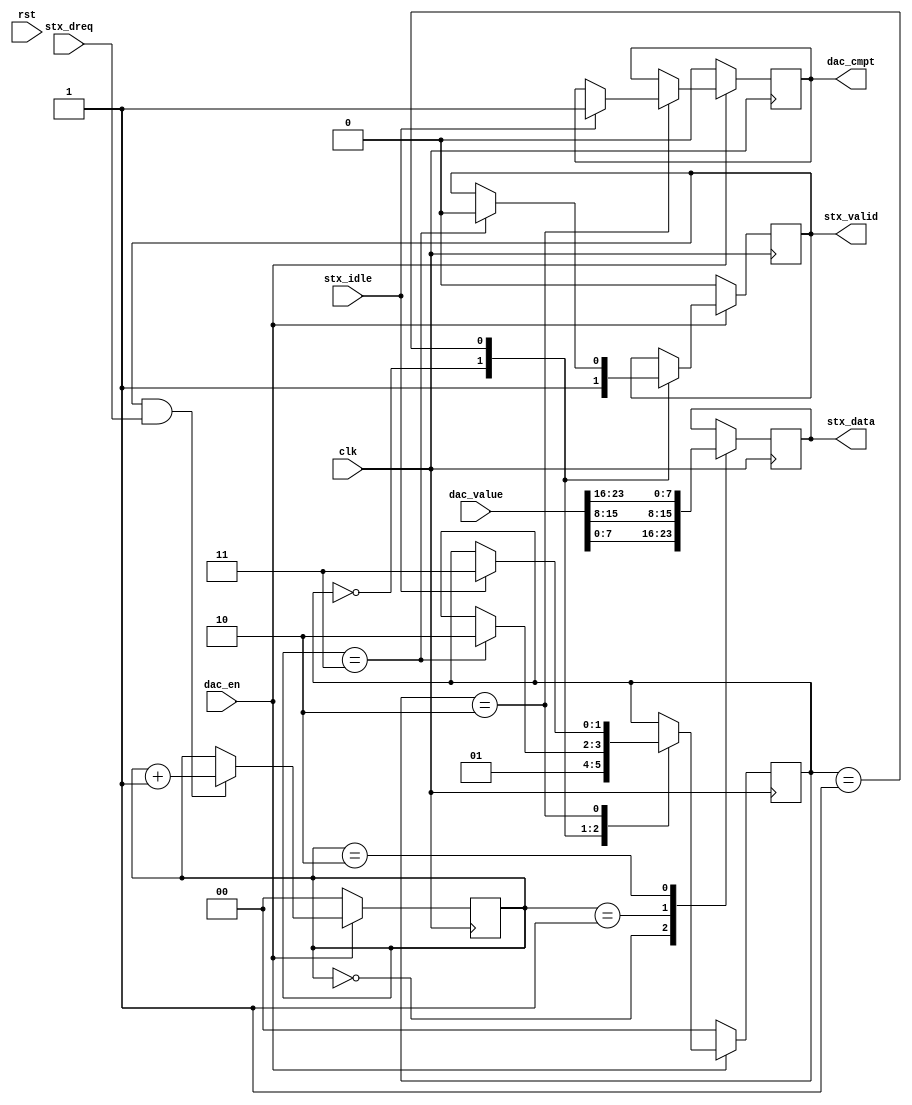
`timescale 1ns / 1ps
//////////////////////////////////////////////////////////////////////////////////
// Company:
// Engineer:
//
// Design Name:
// Module Name: Tc_PL_cap_gain_adc_ctl_set
// Project Name:
// Target Devices:
// Tool Versions:
// Description:
//
// Dependencies:
//
// Revision:
// Revision 0.01 - File Created
// Additional Comments:
//
//////////////////////////////////////////////////////////////////////////////////


module Tc_PL_cap_gain_adc_ctl_set
#(
parameter GDAC0_0 = 24,
          SPI0_0  = 8
)(
input                     clk                ,
input                     rst                ,
input      [GDAC0_0-1:0]  dac_value          ,
input                     dac_en             ,
output                    dac_cmpt           ,
input                     stx_idle           ,
input                     stx_dreq           ,
output                    stx_valid          ,
output     [SPI0_0-1:0]   stx_data
    );

reg              t_dac_cmpt  =0;
reg              t_stx_valid =0;
reg [SPI0_0-1:0] t_stx_data  =0;

reg[1:0] tx_cnt=0;

localparam S_INIT = 0,
           S_TXD  = 1,
           S_DEL  = 2,
           S_CMPT = 3;
reg[1:0] state = S_INIT;
always@(posedge clk)begin
	if(!dac_en)begin
		state       <= S_INIT ;
		t_dac_cmpt  <= 0      ;
		t_stx_valid <= 0      ;
	end else begin
		case(state)
			S_INIT :begin
				state       <= S_TXD  ;
				t_stx_valid <= 1      ;
			end
			S_TXD :begin
				if(tx_cnt==3)begin
					state       <= S_DEL  ;
					t_stx_valid <= 0      ;
				end
			end
			S_DEL  :begin
				if(stx_idle)begin
					state       <= S_CMPT ;
					t_dac_cmpt  <= 1      ;
				end
			end
			S_CMPT :begin

			end
		endcase
	end
end

always@(posedge clk)begin
	if(!dac_en)begin
		tx_cnt <= 0;
	end else begin
		if(stx_valid&stx_dreq)begin
			tx_cnt <= tx_cnt + 1;
		end
	end
end

always@(posedge clk)begin
	case(tx_cnt)
		0:t_stx_data <= dac_value[(SPI0_0*0)+:SPI0_0];
		1:t_stx_data <= dac_value[(SPI0_0*1)+:SPI0_0];
		2:t_stx_data <= dac_value[(SPI0_0*2)+:SPI0_0];
	endcase
end

assign dac_cmpt  = t_dac_cmpt  ;
assign stx_valid = t_stx_valid ;
assign stx_data  = t_stx_data  ;

endmodule